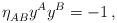
\begin{align*}\eta_{AB}^{} y^A y^B=-1\,,\end{align*}